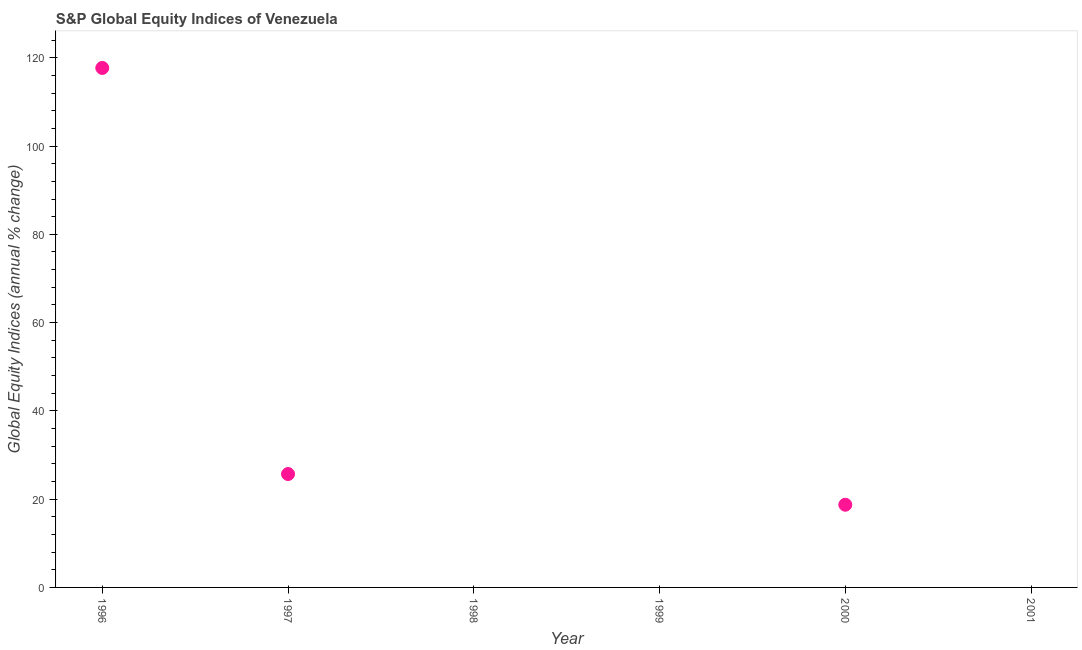
| Year | S&P Global Equity Indices |
 | --- | --- |
 | 1996 | 118 |
 | 1997 | 25.7 |
 | 1998 | -50.5 |
 | 1999 | -12.4 |
 | 2000 | 18.7 |
 | 2001 | -20.1 |